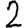
Digit: 2